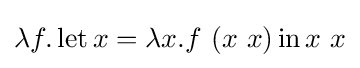
\lambda f.\operatorname {let} x=\lambda x.f\ (x\ x)\operatorname {in} x\ x